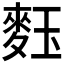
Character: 𪌞